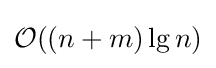
{\mathcal {O}}((n+m)\lg n)